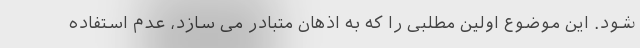
شود. این موضوع اولین مطلبی را که به اذهان متبادر می سازد، عدم استفاده